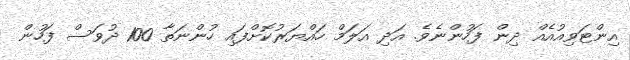
އިންޓަވިއުއެއް ދިން ފަހުންނެވެ. އަދި އަލަމް ހައްޔަރުކޮށްފައި ހުންނަތާ 100 ދުވަސް ފަހުން